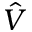
\hat { V }